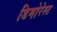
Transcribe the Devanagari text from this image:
डिमोरेस्ट